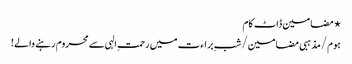
⋆ مضامین ڈاٹ کام
ہوم/مذہبی مضامین/شبِ براءت میں رحمتِ الہی سے محروم رہنے والے!